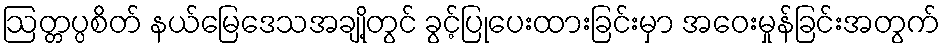
ဩတ္တပ္ပစိတ် နယ်မြေဒေသအချို့တွင် ခွင့်ပြုပေးထားခြင်းမှာ အဝေးမှုန်ခြင်းအတွက်